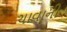
ચાવાની